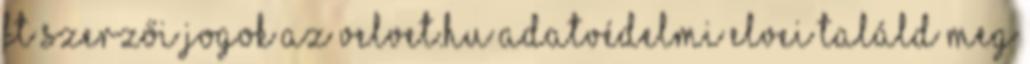
Ft Szerzői jogok Az Velvet.hu adatvédelmi elvei Találd meg